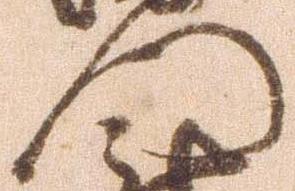
門